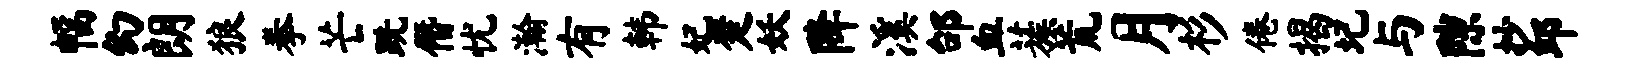
幅幻朗狼拳芒跣僭忧瀚有韩妃楚妖降溪邰血蔟荒月杉倦揭圮与隙抄邱